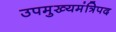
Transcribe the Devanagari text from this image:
उपमुख्यमंत्रिपद